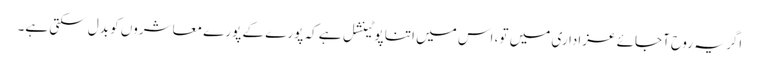
اگر یہ روح آجائے عزاداری میں تو، اس میں اتنا پوٹینشل ہے کہ پورے کے پورے معاشروں کو بدل سکتی ہے۔